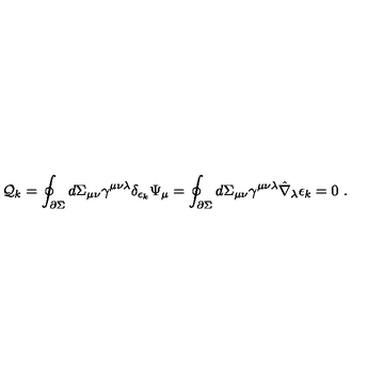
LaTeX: { \cal Q } _ { k } = \oint _ { \partial \Sigma } d \Sigma _ { \mu \nu } \gamma ^ { \mu \nu \lambda } \delta _ { \epsilon _ { k } } \Psi _ { \mu } = \oint _ { \partial \Sigma } d \Sigma _ { \mu \nu } \gamma ^ { \mu \nu \lambda } \hat { \nabla } _ { \lambda } \epsilon _ { k } = 0 \ .